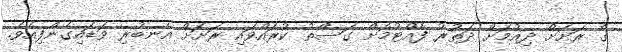
ގެ ރަށަށް ދިއުމަށް ދަތުރު ފެއްޓުމަށް ގަސްތު ކުރައްވައި ރަށަށް އެނބުރި ވަޑައިގެންފިއެވެ.